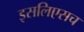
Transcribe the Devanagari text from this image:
इसलिएसच